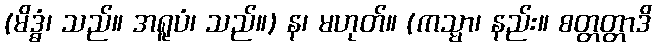
(မိဒ္ဓံ၊ သည်။ အရူပံ၊ သည်။) န၊ မဟုတ်။ (ကသ္မာ၊ နည်း။ စတ္တတ္တာဒိ